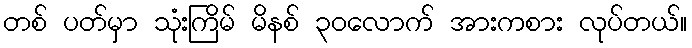
တစ် ပတ်မှာ သုံးကြိမ် မိနစ် ၃၀လောက် အားကစား လုပ်တယ်။